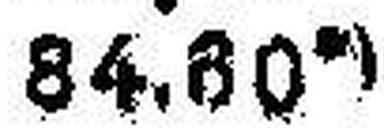
84.60